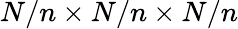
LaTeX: N/n\times N/n\times N/n